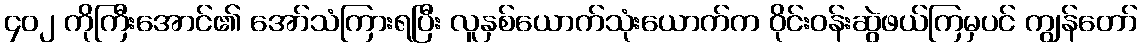
၄၀၂ ကိုကြီးအောင်၏ အော်သံကြားရပြီး လူနှစ်ယောက်သုံးယောက်က ဝိုင်းဝန်းဆွဲဖယ်ကြမှပင် ကျွန်တော်